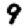
Digit: 9